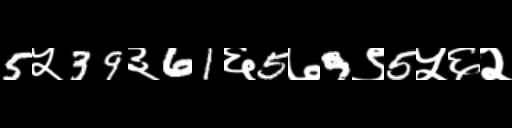
Text: 5५39३61६5७9९5५६२